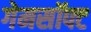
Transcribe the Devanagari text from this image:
गेमसॉफ्ट